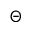
\Theta